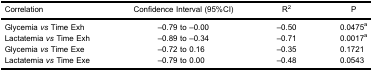
<table><thead><tr><td><b>Correlation</b></td><td><b>Confidence Interval (95%CI)</b></td><td><b>R<sup>2</sup></b></td><td><b>P</b></td></tr></thead><tbody><tr><td>Glycemia <i>vs</i> Time Exh</td><td>−0.79 to −0.00</td><td>−0.50</td><td>0.0475a</td></tr><tr><td>Lactatemia <i>vs</i> Time Exh</td><td>−0.89 to −0.34</td><td>−0.71</td><td>0.0017a</td></tr><tr><td>Glycemia <i>vs</i> Time Exe</td><td>−0.72 to 0.16</td><td>−0.35</td><td>0.1721</td></tr><tr><td>Lactatemia <i>vs</i> Time Exe</td><td>−0.79 to 0.00</td><td>−0.48</td><td>0.0543</td></tr></tbody></table>